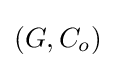
\left(G,C_{o}\right)